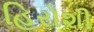
હિરોશી